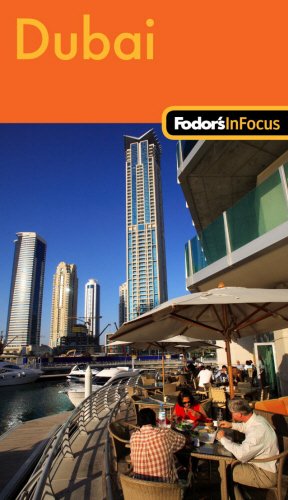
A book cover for Fodor's In Focus Dubai, 1st Edition (Travel Guide); Fodor's; Travel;